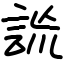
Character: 詤